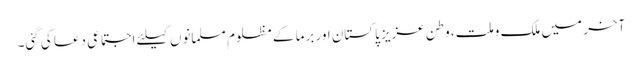
آخر میں ملک وملت، وطن عزیز پاکستان اور برما کے مظلوم مسلمانوں کیلئے اجتماعی دعا کی گئی۔